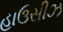
હાઉસીઝ